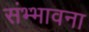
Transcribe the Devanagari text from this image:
संभ्भावना